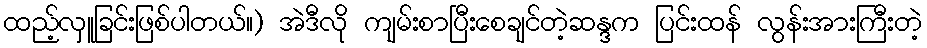
ထည့်လှူခြင်းဖြစ်ပါတယ်။) အဲဒီလို ကျမ်းစာပြီးစေချင်တဲ့ဆန္ဒက ပြင်းထန် လွန်းအားကြီးတဲ့